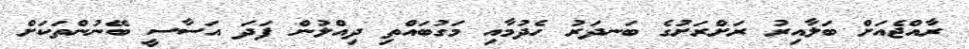
ރާއްޖެއަށް ބަލާއިރު ރަށްރަށުގެ ބަނދަރު ހެދުމާއި މަގުބައްތި ދިއްލުން ފަދަ އަސާސީ ބޭނުންތަކަށް